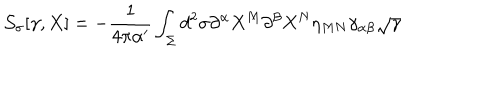
{ \cal S } _ { \sigma } [ \gamma , X ] = - \frac { 1 } { 4 \pi \alpha ^ { \prime } } \int _ { \Sigma } d ^ { 2 } \sigma \partial ^ { \alpha } X ^ { M } \partial ^ { \beta } X ^ { N } \eta _ { M N } \gamma _ { \alpha \beta } \sqrt { \gamma }